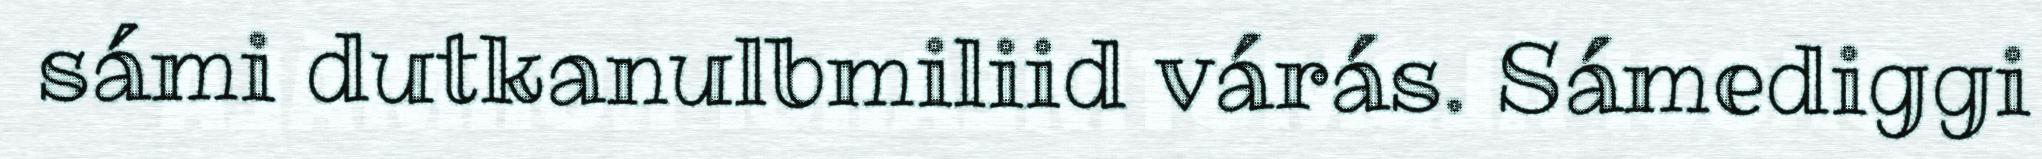
sámi dutkanulbmiliid várás. Sámediggi